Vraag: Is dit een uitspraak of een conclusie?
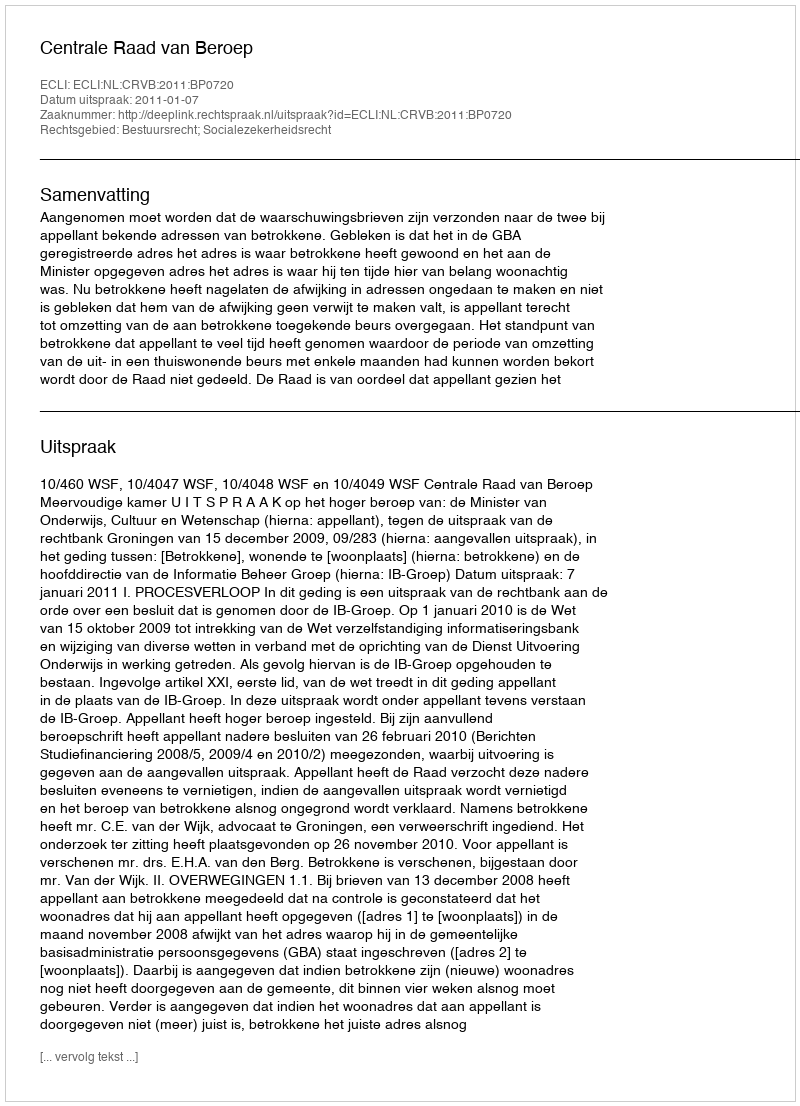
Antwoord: Uitspraak